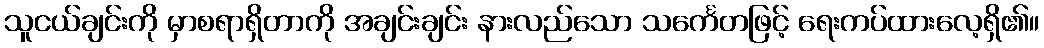
သူငယ်ချင်းကို မှာစရာရှိတာကို အချင်းချင်း နားလည်သော သင်္ကေတဖြင့် ရေးကပ်ထားလေ့ရှိ၏။